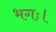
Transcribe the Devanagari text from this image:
भगः।